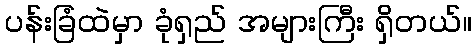
ပန်းခြံထဲမှာ ခုံရှည် အများကြီး ရှိတယ်။